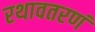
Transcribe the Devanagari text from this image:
रथावतरणं